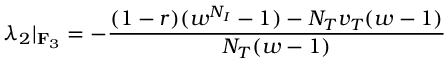
\lambda _ { 2 } | _ { \mathbf { F } _ { 3 } } = - \frac { ( 1 - r ) ( w ^ { N _ { I } } - 1 ) - N _ { T } v _ { T } ( w - 1 ) } { N _ { T } ( w - 1 ) }